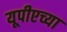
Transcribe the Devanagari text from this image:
यूपीएच्या